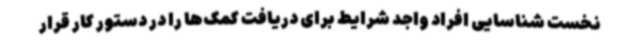
نخست شناسایی افراد واجد شرایط برای دریافت کمک‌ها را در دستور کار قرار